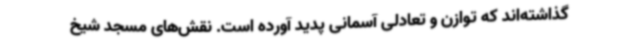
گذاشته‌اند که توازن و تعادلی آسمانی پدید آورده است. نقش‌های مسجد شیخ